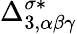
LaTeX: \Delta_{3,\alpha\beta\gamma}^{\sigma*}